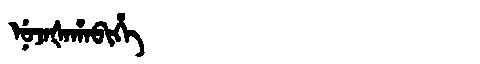
Manchu: ᠨᡠᠵᠠᡧᠠᡥᠠᠪᡳᡥᡝ
Romanization: NUJAŠAHABIHE